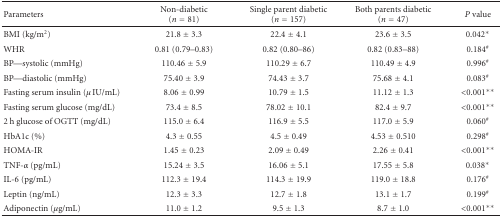
| Parameters | Non-diabetic (n = 81) | Single parent diabetic (n = 157) | Both parents diabetic (n = 47) | P value |
 | --- | --- | --- | --- | --- |
 | BMI (kg/m2) | 21.8 ± 3.3 | 22.4 ± 4.1 | 23.6 ± 3.5 | 0.042* |
 | WHR | 0.81 (0.79–0.83) | 0.82 (0.80–86) | 0.82 (0.83–88) | 0.184# |
 | BP—systolic (mmHg) | 110.46 ± 5.9 | 110.29 ± 6.7 | 110.49 ± 4.9 | 0.996# |
 | BP—diastolic (mmHg) | 75.40 ± 3.9 | 74.43 ± 3.7 | 75.68 ± 4.1 | 0.083# |
 | Fasting serum insulin (μ IU/mL) | 8.06 ± 0.99 | 10.79 ± 1.5 | 11.12 ± 1.3 | <0.001** |
 | Fasting serum glucose (mg/dL) | 73.4 ± 8.5 | 78.02 ± 10.1 | 82.4 ± 9.7 | <0.001** |
 | 2 h glucose of OGTT (mg/dL) | 115.0 ± 6.4 | 116.9 ± 5.5 | 117.0 ± 5.9 | 0.060# |
 | HbA1c (%) | 4.3 ± 0.55 | 4.5 ± 0.49 | 4.53 ± 0.510 | 0.298# |
 | HOMA-IR | 1.45 ± 0.23 | 2.09 ± 0.49 | 2.26 ± 0.41 | <0.001** |
 | TNF-α (pg/mL) | 15.24 ± 3.5 | 16.06 ± 5.1 | 17.55 ± 5.8 | 0.038* |
 | IL-6 (pg/mL) | 112.3 ± 19.4 | 114.3 ± 19.9 | 119.0 ± 18.8 | 0.176# |
 | Leptin (ng/mL) | 12.3 ± 3.3 | 12.7 ± 1.8 | 13.1 ± 1.7 | 0.199# |
 | Adiponectin (μg/mL) | 11.0 ± 1.2 | 9.5 ± 1.3 | 8.7 ± 1.0 | <0.001** |